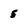
Character: 5